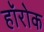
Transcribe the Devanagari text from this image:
हॉरोक